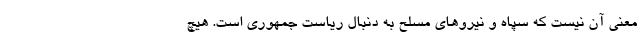
معنی آن نیست که سپاه و نیرو‌های مسلح به دنبال ریاست جمهوری است. هیچ